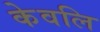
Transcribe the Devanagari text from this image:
केवलि